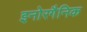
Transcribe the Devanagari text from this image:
इनोरगैनिक